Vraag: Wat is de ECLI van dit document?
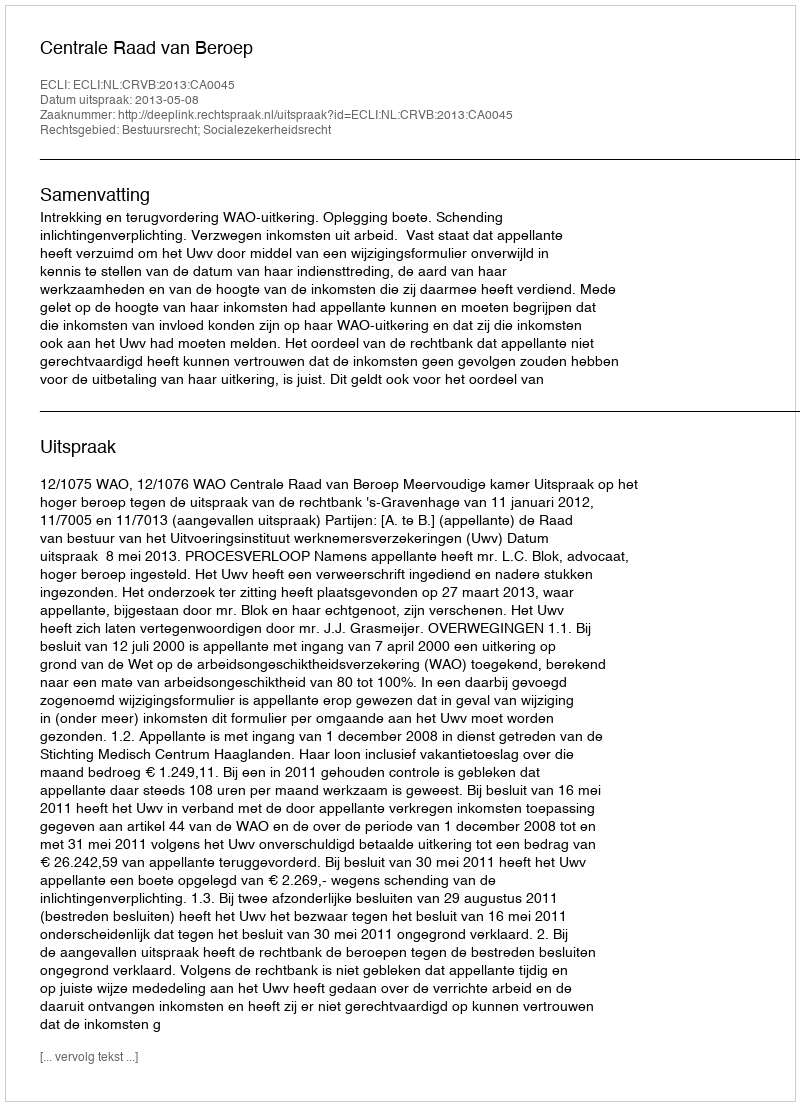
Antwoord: ECLI:NL:CRVB:2013:CA0045